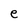
Character: e